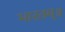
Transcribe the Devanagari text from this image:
भारतम्॥